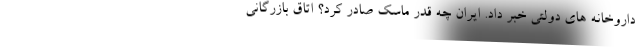
داروخانه های دولتی خبر داد. ایران چه قدر ماسک صادر کرد؟ اتاق بازرگانی